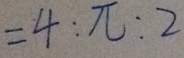
= 4 : \pi : 2